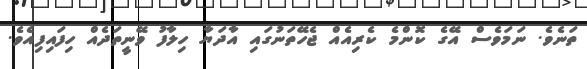
ތަނެވެ. ނަމަވެސް އޭގެ ކޮންމެ ކެރިއެއް ޖެހޭތަނުގައި އާދަޔާ ހިލާފު ވޭނީތަދެއް ހިފައިފިއެވެ.